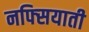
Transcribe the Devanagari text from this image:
नफ्सियाती